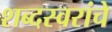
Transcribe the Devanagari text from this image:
शब्दस्वरांचे